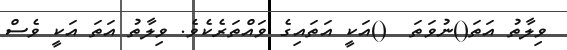
ވިލާތު އަތަ()ނުވަތަ  ()އަކީ އަތައިގެ ވައްތަރެކެވެ. ވިލާތު އަތަ އަކީ ވެސް